Report on vaccination in the Province of Bengal - 1874-1889
Year: 1874
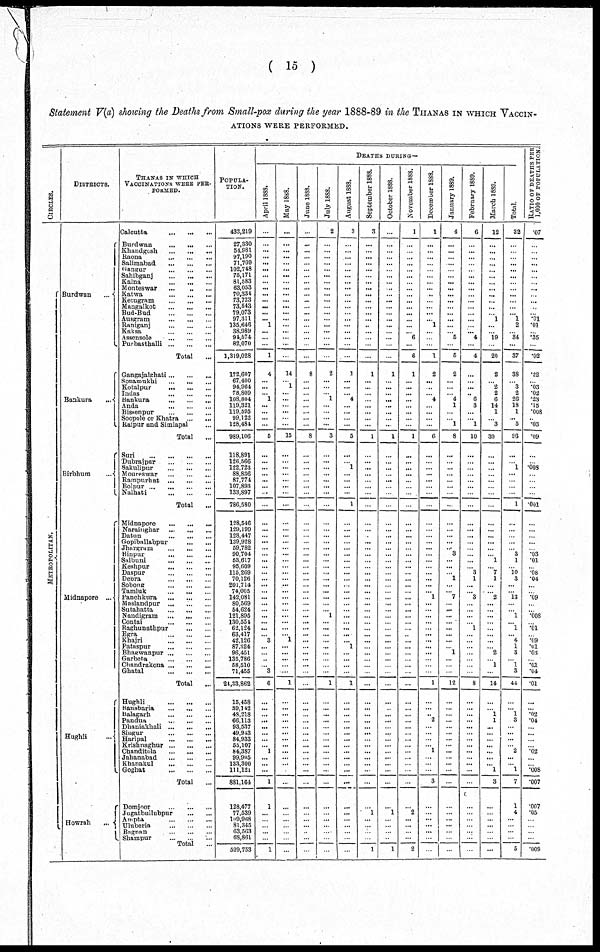
( 15 )
Statement V(a) showing the Deaths from Small-pox during the year 1888-89 in the THANAS IN WHICH VACCIN-
ATIONS WERE PERFORMED.
CIRCLES.
METROPOLITAN.
DISTRICTS.
Burdwan
...
Bankura
...
Birbhum
...
Midnapore ...
Hughli
...
Howrah
...
THANAS IN WHICH
VACCINATIONS WERE PER-
FORMED.
Calcutta
... ... ...
Burdwan
...
...
...
Khandgosh
...
...
...
Raona
...
...
...
Salimabad
...
...
...
Gangur
...
...
...
Sahibganj ... ... ...
Kalna
...
...
...
Monteswar
...
...
...
Katwa
...
...
...
Ketugram
...
...
...
Mangalkot
...
...
...
Bud-Bud
...
...
...
Ausgram
...
...
...
Raniganj
...
...
...
Kaksa
...
...
...
Assensole
...
...
...
Purbasthalli ... ... ...
Total ...
Gangajalghati ... ... ...
Sonamukhi
...
...
...
Kotalpur
...
...
...
Indas
...
...
...
Bankura ... ... ...
Anda
...
...
...
Bissenpur
...
...
...
Soopole or Khatra ... ...
Raipur and Simlapal ...
Total ...
Suri
...
...
...
...
Dubrajpur ... ... ...
Sakulipur
...
...
...
Moureswar
...
...
...
Rampurhat
...
...
...
Bolpur
...
...
...
Nalhati
...
...
...
Total ...
Midnapore
...
...
...
Narainghar
...
...
...
Datun
...
...
...
Gopiballabpur
...
...
Jhargram
...
...
...
Binpur
...
...
...
Salbuni
...
...
...
Keshpur
...
...
...
Daspur
...
...
...
Debra
... ... ...
Sobong
Tamluk
...
...
...
Panchkura
...
...
...
Maslandpur ... ... ...
Sutahatta ... ... ...
Nandigram
...
...
...
Contai
...
...
...
Raghunathpur
...
...
Egra
...
...
...
Khajri
...
...
...
Pataspur
...
...
...
Bhagwanpur ... ... ...
Garbeta
...
...
...
Chandrakona ... ... ...
Ghatal
...
...
...
Total
...
Hughli ... ... ...
Bansbaria
...
...
...
Balagarh
...
...
...
Pandua
...
...
...
Dhaniokhali ... ... ...
Singur
...
...
...
Haripal
...
...
...
Krishnaghur ... ... ...
Chanditola
...
...
...
Jahanabad
...
...
...
Khanakul
...
...
...
Goghat
...
...
...
Total ...
Domjoor
...
...
...
Jugatbullubpur
...
...
Ampta
...
...
...
Uluberia ... ... ...
Bagnan ... ... ...
Shampur ... ... ...
Total ...
POPULA-
TION.
433,219
27,330
54,981
97,190
71,709
102,748
75,171
81,583
63,053
70,334
73,723
73,543
79,073
97,311
135,646
38,989
94,574
82,070
1,319,028
172,607
67,400
94,964
78,809
108,804
119,321
119,595
99,122
128,484
989,106
118,891
126,566
122,723
88,836
87,774
107,893
133,897
786,580
128,546
129,199
128,447
139,928
59,782
90,704
53,617
95,609
115,269
70,126
201,714
74,005
142,081
80,569
54,624
121,895
130,554
62,124
63,417
42,126
87,824
96,451
135,786
58,510
71,455
24,33,862
15,458
39,142
48,218
66,113
93,537
49,943
84,933
55,107
84,387
99,905
133,300
111,121
881,164
128,477
77,539
109,968
81,345
63,563
68,861
529,753
DEATHS DURING—
April 1888.
...
...
...
...
...
...
...
...
...
...
...
...
...
... 1
...
... ...
1
4
...
...
...
1
...
...
...
...
5
...
...
...
...
...
...
...
...
...
...
...
...
...
...
...
...
...
...
...
...
...
... ...
...
...
...
...
3
...
...
...
... 3
6
...
...
...
...
...
...
...
... 1
...
...
...
1
1
...
... ...
...
...
1
May 1888.
...
...
...
...
...
...
...
...
...
...
...
...
...
...
...
...
...
...
...
14
...
1
...
...
...
...
...
...
15
...
...
...
...
...
...
...
...
...
...
...
...
...
...
...
...
...
...
...
...
...
... ...
...
...
...
...
1
...
...
...
...
...
1
...
...
...
...
...
...
...
...
...
...
...
...
...
...
...
...
...
...
...
...
June 1888.
...
...
...
...
...
...
...
...
...
...
...
...
...
...
...
...
...
...
...
8
...
...
...
...
...
...
...
...
8
...
...
...
...
...
...
...
...
...
...
...
...
...
...
...
...
...
...
...
...
...
...
...
...
...
...
...
...
...
...
...
...
...
...
...
...
...
...
...
...
...
...
...
...
...
...
...
...
...
...
...
...
...
...
July 1888.
2
...
...
...
...
...
...
...
...
...
...
...
...
...
...
...
...
...
...
2
...
...
...
1
...
...
...
...
3
...
...
...
...
...
... ...
...
...
...
...
...
...
...
...
...
...
...
...
...
...
...
... 1
...
...
...
...
...
...
...
...
...
1
...
...
...
...
...
...
...
...
...
...
...
...
...
...
...
...
...
...
...
...
August 1888.
3
...
...
...
...
...
...
...
...
...
...
...
...
...
...
...
...
...
...
1
...
...
...
4
...
...
...
...
5
...
...
1
...
...
...
...
1
...
...
...
...
...
...
...
...
...
...
...
...
...
...
...
...
...
...
...
... 1
...
...
...
...
1
...
...
...
...
...
...
...
...
...
...
...
...
...
...
...
...
...
...
...
...
September 1888.
3
...
...
...
...
...
...
...
...
...
...
...
...
...
..
...
...
...
...
1
...
...
...
...
...
...
...
...
1
...
...
...
...
...
...
...
...
...
...
...
...
...
...
...
...
...
...
...
...
...
...
...
...
...
...
...
...
...
...
...
...
...
...
...
...
...
...
...
...
...
...
...
...
...
...
...
...
1
... ...
...
...
1
October 1888.
...
...
...
...
...
...
...
...
...
...
...
...
...
...
...
...
...
...
...
1
...
...
...
...
...
...
...
...
1
...
...
...
...
...
...
...
...
...
...
...
...
...
...
...
...
...
...
...
...
...
...
...
...
...
...
...
...
...
...
...
...
...
...
...
...
...
...
...
...
...
...
...
...
...
...
...
...
1
... ...
...
...
1
November 1888.
1
...
...
...
...
...
...
...
...
...
...
...
...
...
...
... 6
...
6
1
...
...
...
...
...
...
...
...
1
...
...
...
...
...
...
...
...
...
...
...
...
...
...
...
...
...
...
...
...
...
... ...
...
...
...
...
...
...
...
...
...
...
...
...
...
...
...
...
...
...
...
...
...
...
...
...
...
2
...
...
...
...
2
December 1888.
1
...
...
...
...
...
...
...
...
...
...
...
...
... 1
...
...
...
1
2
...
...
...
4
...
...
...
...
6
...
...
...
...
...
...
...
...
...
...
...
...
...
...
...
...
...
...
...
... 1
...
...
...
...
...
...
...
...
...
...
...
...
1
...
...
... 2
...
...
...
... 1
...
...
...
3
...
...
...
...
...
...
...
January 1889.
4
...
...
...
....
...
...
...
...
...
...
...
...
...
...
... 5
...
5
2
...
...
... 4
1
...
... 1
8
...
...
...
...
...
...
...
...
...
...
...
...
... 3
...
...
... 1
...
... 7
... ...
...
...
...
...
...
... 1
...
...
...
12
...
...
...
...
...
...
...
...
...
...
...
...
...
...
...
...
...
... ...
...
February 1889.
6
...
...
...
...
...
...
...
...
...
...
...
...
...
...
... 4
...
4
...
...
... ...
6
3
...
... 1
10
...
...
...
...
...
...
...
...
...
...
...
...
...
...
...
...
3
1
...
...
3
...
...
...
... 1
...
...
...
...
...
...
...
8
...
...
...
...
...
...
...
...
...
...
...
...
...
...
...
... ...
...
...
...
March 1889.
12
...
...
...
...
...
...
...
...
...
...
...
...
1
...
...
19
...
20
2
...
2
2
6
14
1
...
3
30
...
...
...
...
...
...
...
...
...
...
...
...
...
... 1
...
7
1
...
...
2
... ...
...
...
...
...
...
... 2
... 1
...
14
...
... 1
1
...
...
...
...
...
...
... 1
3
...
...
... ...
...
...
...
Total.
32
...
...
...
...
...
...
...
...
...
...
...
... 1
2
...
34
...
37
38
...
3
2
26
18
1
... 5
93
...
...
1
...
...
...
...
1
...
...
...
...
...
3
1
...
10
3
...
...
13
...
...
1
... 1
... 4
1
3
... 1
3
41
...
... 1
3
...
...
...
... 2
...
... 1
7
1
4
... ...
...
...
5
RATIO OF DEATHS PER
1,000 OF POPULATION.
.07
...
...
...
...
...
...
...
...
...
...
...
...
.01
.01
...
.35
.02
.22
...
.03
.02
.23
.15
.008
...
.03
.09
...
...
.008
...
...
...
...
.001
...
...
...
...
...
.03
.01
...
.08
.04
...
...
.09
...
...
.008
...
.01
... .09
.01
.03
...
.01 .04
.01
...
... .02
.04
...
...
...
... .02
...
... .008
.007
.007
.05
... ...
...
...
.009